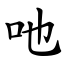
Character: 吔